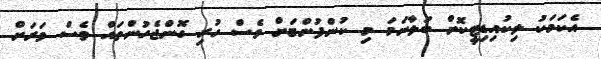
އެކަމަކު ލިކުއިޑިޓީކޮށް ބަލާނަމަ މި ކުންފުންޏަށް ވެސް ހުރި ގޮންޖެހުންތައް ވެސް ވަރަށް